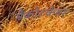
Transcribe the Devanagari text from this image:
मैकोटकेमर